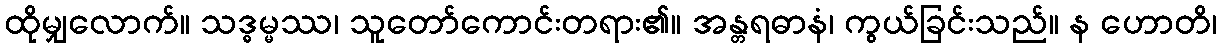
ထိုမျှလောက်။ သဒ္ဓမ္မဿ၊ သူတော်ကောင်းတရား၏။ အန္တရဓာနံ၊ ကွယ်ခြင်းသည်။ န ဟောတိ၊